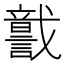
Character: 𧬣